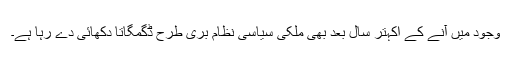
وجود میں آنے کے اکہتر سال بعد بھی ملکی سیاسی نظام بُری طرح ڈگمگاتا دکھائی دے رہا ہے۔